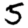
Digit: 5